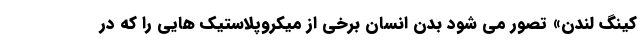
کینگ لندن» تصور می شود بدن انسان برخی از میکروپلاستیک هایی را که در